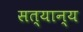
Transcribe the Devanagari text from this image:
सत्यान्य